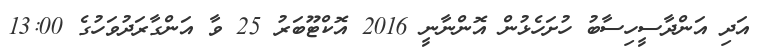
އަދި އަންދާސީހިސާބު ހުށަހެޅުން އޮންނާނީ 2016 އޮކްޓޫބަރު 25 ވާ އަންގާރަދުވަހުގެ 13:00